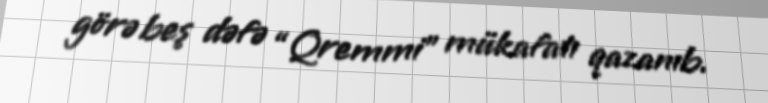
görə beş dəfə “Qremmi” mükafatı qazanıb.